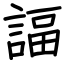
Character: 諨